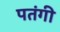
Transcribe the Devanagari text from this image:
पतंगी